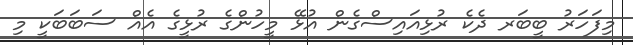
މިފަހަރު ބީބަރ ދެކެ ރުޅިއައިސްގެން އުޅޭ މީހުންގެ ރުޅީގެ އެއް ސަބަބަކީ މި